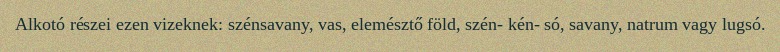
Alkotó részei ezen vizeknek: szénsavany, vas, elemésztő föld, szén- kén- só, savany, natrum vagy lugsó.